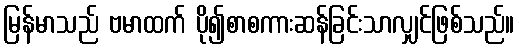
မြန်မာသည် ဗမာထက် ပို၍စာစကားဆန်ခြင်းသာလျှင်ဖြစ်သည်။